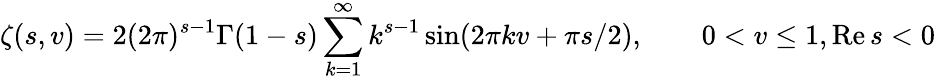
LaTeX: \zeta(s,v)=2(2\pi)^{s-1}\Gamma(1-s)\sum_{k=1}^{\infty}k^{s-1}\sin(2\pi kv+\pi s/2),\qquad 0<v\leq 1,\mathrm{Re}\, s<0